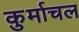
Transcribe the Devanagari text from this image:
कुर्माचल